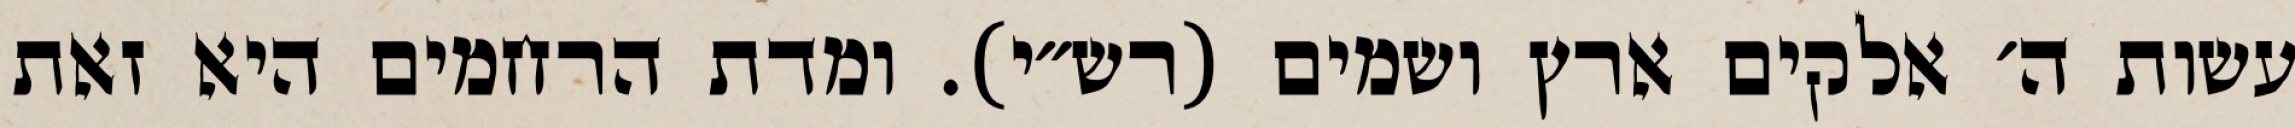
עשות ה׳ אלקים ארץ ושמים (רש״י). ומדת הרחמים היא זאת